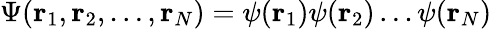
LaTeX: \Psi(\mathbf{r}_{1},\mathbf{r}_{2},\dots,\mathbf{r}_{N})=\psi(\mathbf{r}_{1})\psi(\mathbf{r}_{2})\dots\psi(\mathbf{r}_{N})